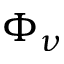
\Phi _ { \nu }